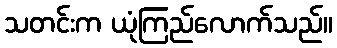
သတင်းက ယုံကြည်လောက်သည်။